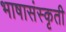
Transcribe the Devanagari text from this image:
भाषासंस्कृती